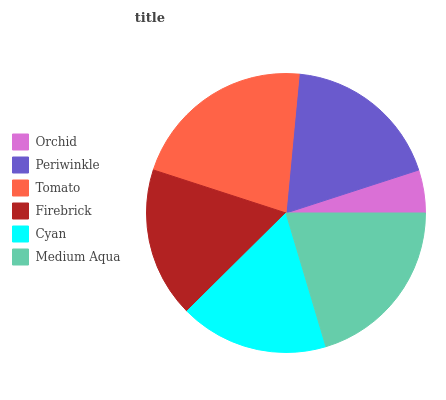
| Orchid | Periwinkle | Tomato | Firebrick | Cyan | Medium Aqua |
 | --- | --- | --- | --- | --- | --- |
 | 4.99% | 18.5% | 21.5% | 17.4% | 17.2% | 20.4% |